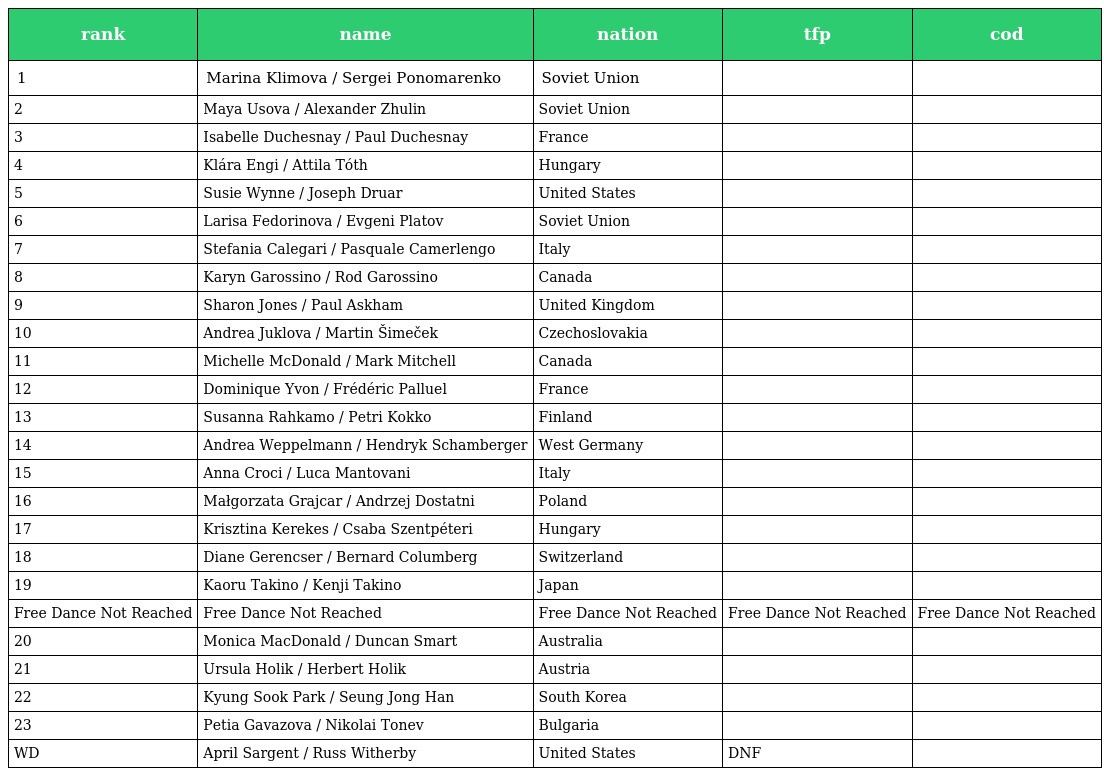
| rank | name | nation | tfp | cod |
 | --- | --- | --- | --- | --- |
 | 1 | Marina Klimova / Sergei Ponomarenko | Soviet Union |  |  |
 | 2 | Maya Usova / Alexander Zhulin | Soviet Union |  |  |
 | 3 | Isabelle Duchesnay / Paul Duchesnay | France |  |  |
 | 4 | Klára Engi / Attila Tóth | Hungary |  |  |
 | 5 | Susie Wynne / Joseph Druar | United States |  |  |
 | 6 | Larisa Fedorinova / Evgeni Platov | Soviet Union |  |  |
 | 7 | Stefania Calegari / Pasquale Camerlengo | Italy |  |  |
 | 8 | Karyn Garossino / Rod Garossino | Canada |  |  |
 | 9 | Sharon Jones / Paul Askham | United Kingdom |  |  |
 | 10 | Andrea Juklova / Martin Šimeček | Czechoslovakia |  |  |
 | 11 | Michelle McDonald / Mark Mitchell | Canada |  |  |
 | 12 | Dominique Yvon / Frédéric Palluel | France |  |  |
 | 13 | Susanna Rahkamo / Petri Kokko | Finland |  |  |
 | 14 | Andrea Weppelmann / Hendryk Schamberger | West Germany |  |  |
 | 15 | Anna Croci / Luca Mantovani | Italy |  |  |
 | 16 | Małgorzata Grajcar / Andrzej Dostatni | Poland |  |  |
 | 17 | Krisztina Kerekes / Csaba Szentpéteri | Hungary |  |  |
 | 18 | Diane Gerencser / Bernard Columberg | Switzerland |  |  |
 | 19 | Kaoru Takino / Kenji Takino | Japan |  |  |
 | Free Dance Not Reached | Free Dance Not Reached | Free Dance Not Reached | Free Dance Not Reached | Free Dance Not Reached |
 | 20 | Monica MacDonald / Duncan Smart | Australia |  |  |
 | 21 | Ursula Holik / Herbert Holik | Austria |  |  |
 | 22 | Kyung Sook Park / Seung Jong Han | South Korea |  |  |
 | 23 | Petia Gavazova / Nikolai Tonev | Bulgaria |  |  |
 | WD | April Sargent / Russ Witherby | United States | DNF |  |